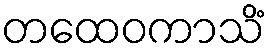
တထေဝကာသိံ